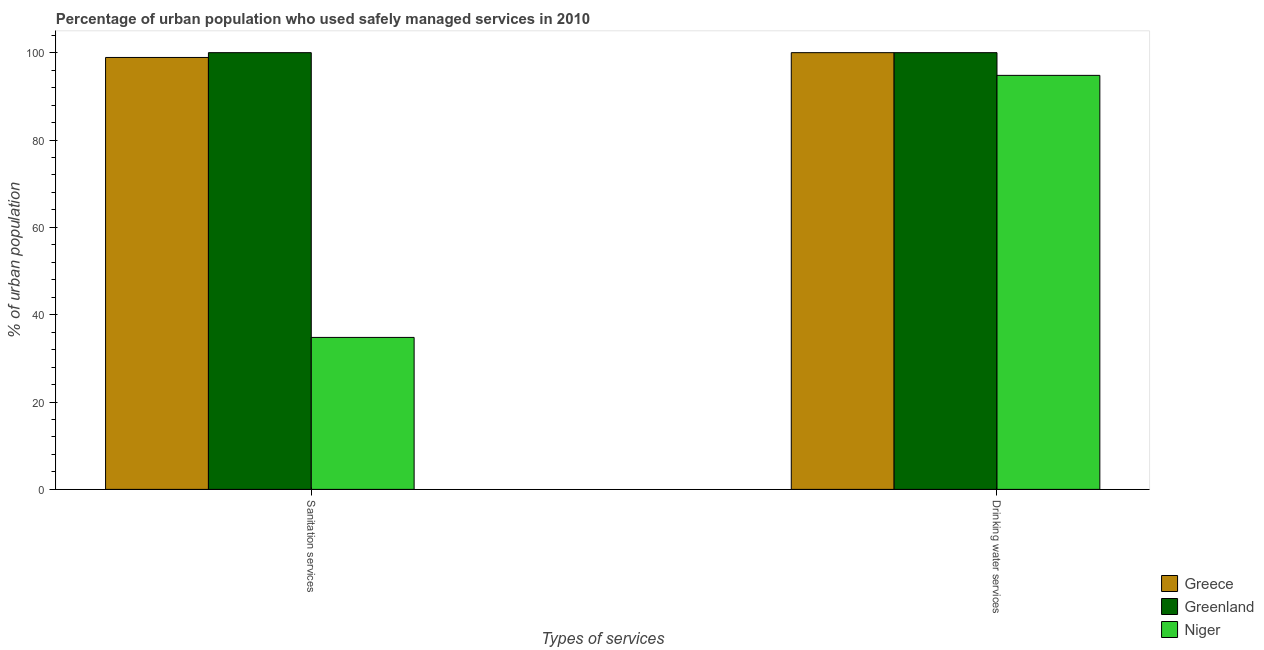
| Types of services | Greece | Greenland | Niger |
 | --- | --- | --- | --- |
 | Sanitation services | 98.9 | 100 | 34.8 |
 | Drinking water services | 100 | 100 | 94.8 |